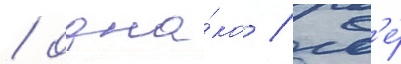
/ одна́ко / гд'е́